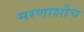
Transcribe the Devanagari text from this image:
मरणाशौच